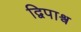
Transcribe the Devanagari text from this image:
द्विपाश्र्व